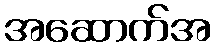
အဆောက်အ